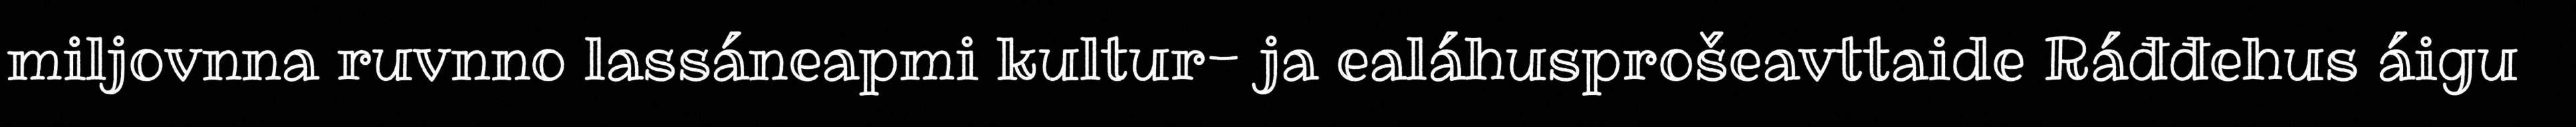
miljovnna ruvnno lassáneapmi kultur- ja ealáhusprošeavttaide Ráđđehus áigu